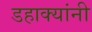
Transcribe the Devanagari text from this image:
डहाक्यांनी